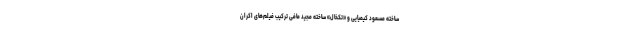
ساخته مسعود کیمیایی و «تکخال» ساخته مجید مافی ترکیب فیلم‌های اکران